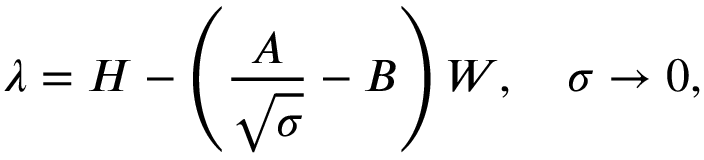
\lambda = H - \left( \frac { A } { \sqrt { \sigma } } - B \right) W , ~ ~ ~ \sigma \rightarrow 0 ,